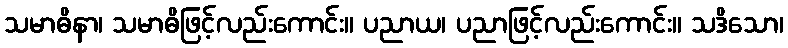
သမာဓိနာ၊ သမာဓိဖြင့်လည်းကောင်း။ ပညာယ၊ ပညာဖြင့်လည်းကောင်း။ သဒိသော၊